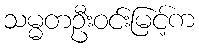
သမ္မတဦးဝင်းမြင့်က